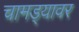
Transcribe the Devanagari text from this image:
चामड्यावर